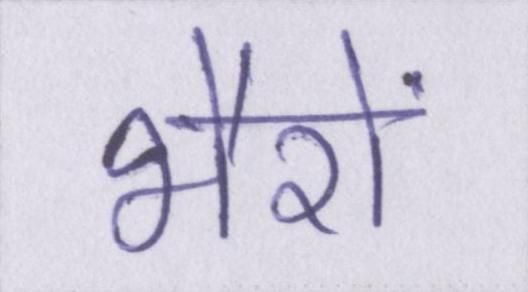
भैरों